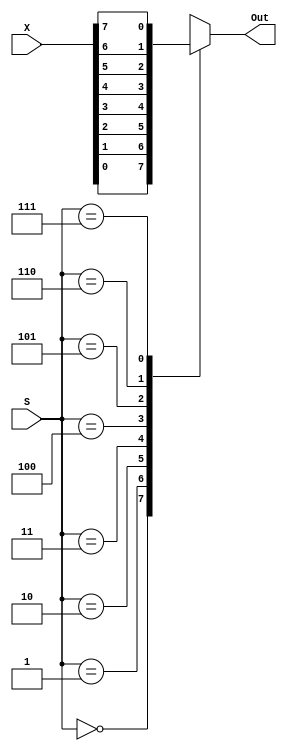
module mux(S,X,Out);

input [2:0]S;
input [7:0]X;
output reg Out;

	always @(*) begin
	
	case(S)
		0: Out <= X[0];
		1: Out <= X[1];
		2: Out <= X[2];
		3: Out <= X[3];
		4: Out <= X[4];
		5: Out <= X[5];
		6: Out <= X[6];
		7: Out <= X[7];
	endcase
end

endmodule